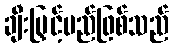
ချီးမြှင့်မည်ဖြစ်သည်